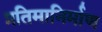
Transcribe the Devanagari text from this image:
प्रतिमानिर्माण